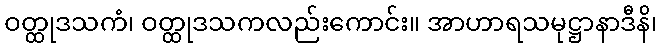
ဝတ္ထုဒသကံ၊ ဝတ္ထုဒသကလည်းကောင်း။ အာဟာရသမုဋ္ဌာနာဒီနိ၊